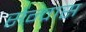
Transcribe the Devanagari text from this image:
सेन्वास